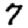
Digit: 7